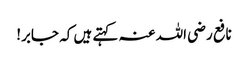
نافع رضی اللہ عنہ کہتے ہیں کہ جابر!